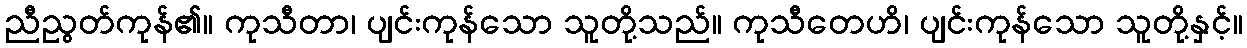
ညီညွတ်ကုန်၏။ ကုသီတာ၊ ပျင်းကုန်သော သူတို့သည်။ ကုသီတေဟိ၊ ပျင်းကုန်သော သူတို့နှင့်။